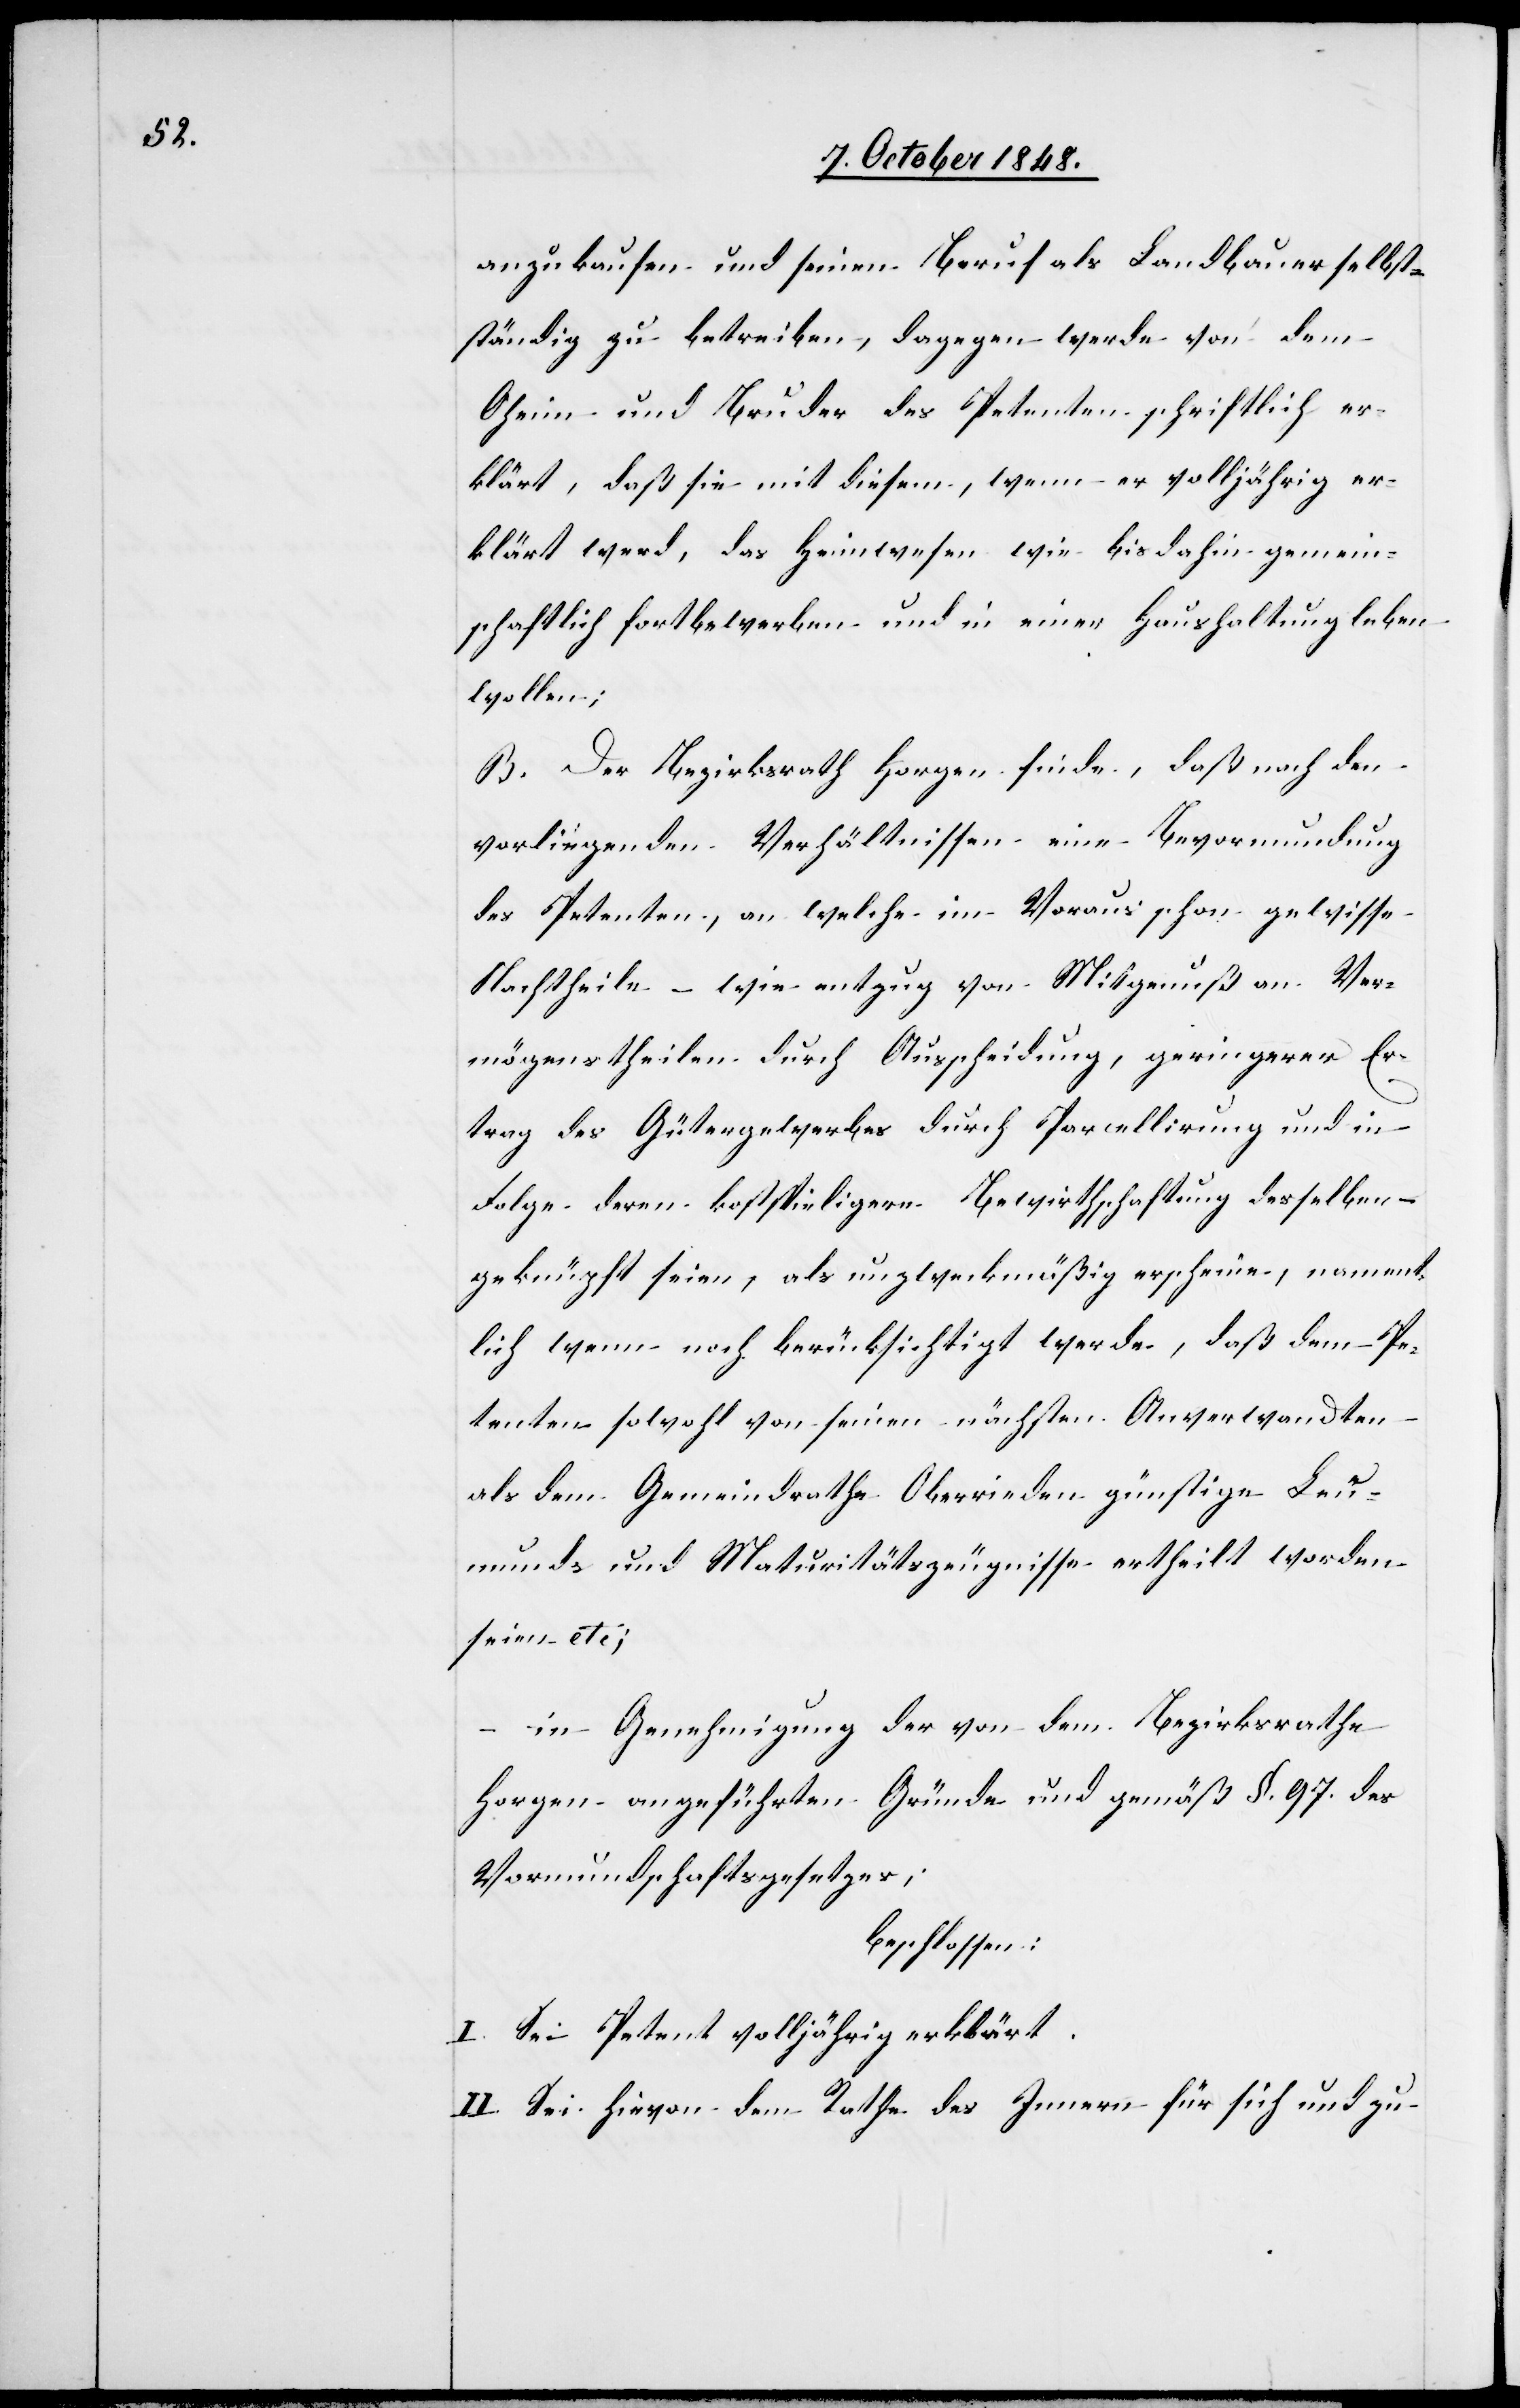
anzukaufen und seinen Beruf als Landbauer selbst¬
ständig zu betreiben, dagegen werde von dem
Oheim und Bruder des Petenten schriftlich er¬
klärt, daß sie mit diesem, wenn er volljährig er¬
klärt werd[e], das Heimwesen wie bis dahin gemein¬
schaftlich fortbewerben und in einer Haushaltung leben
wollen;
B. Der Bezirksrath Horgen finde, daß nach den
vorliegenden Verhältnissen eine Bevormundung
des Petenten, an welche im Voraus schon gewisse
Nachtheile – wie entzug [sic!] von Mitgenuß an Ver¬
mögenstheilen durch Ausscheidung, geringerer Er¬
trag des Gütergewerbes durch Parcellirung und in
Folge deren kostspieligere Bewirthschaftung desselben –
geknüpft seien, als unzweckmäßig erscheine, nament¬
lich wenn noch berücksichtigt werde, daß dem Pe¬
tenten sowohl von seinen nächsten Anverwandten
als dem Gemeindrathe Oberrieden günstige Leu¬
munds und Maturitätszeugnisse ertheilt worden
seien etc;
in Genehmigung der von dem Bezirksrathe
Horgen angeführten Gründe und gemäß §. 97. des
Vormundschaftsgesetzes,
beschlossen:
I. sei Petent volljährig erklärt.
II. Sei hievon dem Rathe des Innern für sich und zu